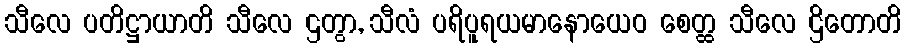
သီလေ ပတိဋ္ဌာယာတိ သီလေ ဌတွာ, သီလံ ပရိပူရယမာနောယေဝ စေတ္ထ သီလေ ဌိတောတိ